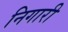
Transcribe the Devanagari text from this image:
निगारी